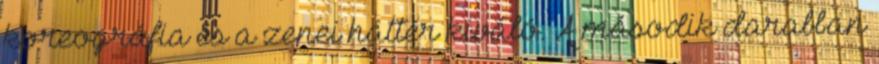
koreográfia és a zenei háttér kiváló. A második darabban